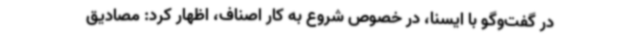
در گفت‌وگو با ایسنا، در خصوص شروع به کار اصناف، اظهار کرد: مصادیق